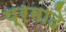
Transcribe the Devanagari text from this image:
प्रमादे